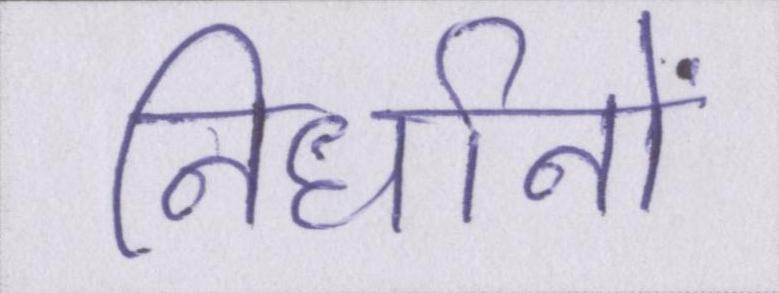
निर्धानों